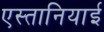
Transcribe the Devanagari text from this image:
एस्तानियाई